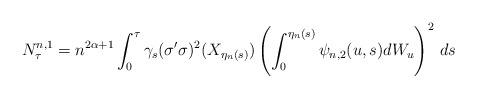
LaTeX: \begin{align*}N^{n,1} _\tau =n^{2\alpha+1}\int^{\tau}_0\gamma_s (\sigma'\sigma)^2(X_{\eta_n(s)}) \left( \int^{\eta_n(s)}_0\psi_{n,2}(u,s) dW_u\right)^2\, ds\end{align*}